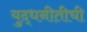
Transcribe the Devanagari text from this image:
युद्धनीतीची